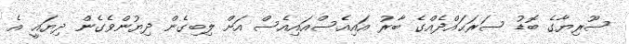
ސޫރިޔާގެ ބޮޑު ސަރަޙައްދެއްގެ ބާރު އައިއެސްއައިއެސް އަށް ލިބިގެން ދިޔުންވެގެން ދިޔައީ އެ